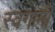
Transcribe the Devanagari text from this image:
स्वगामी